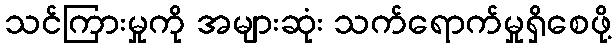
သင်ကြားမှုကို အများဆုံး သက်ရောက်မှုရှိစေဖို့